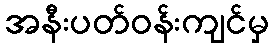
အနီးပတ်ဝန်းကျင်မှ